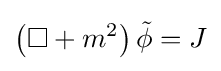
\left(\Box +m^{2}\right){\tilde {\phi }}=J